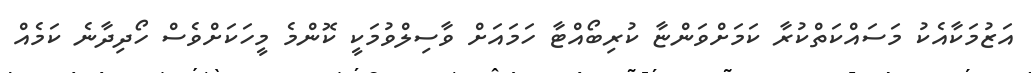
އަޒުމަކާއެކު މަސައްކަތްކުރާ ކަމަށްވަންޏާ ކުރިބޯއްޓާ ހަމައަށް ވާސިލްވުމަކީ ކޮންމެ މީހަކަށްވެސް ހޯދިދާނެ ކަމެއް